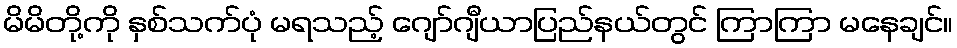
မိမိတို့ကို နှစ်သက်ပုံ မရသည့် ဂျော်ဂျီယာပြည်နယ်တွင် ကြာကြာ မနေချင်။